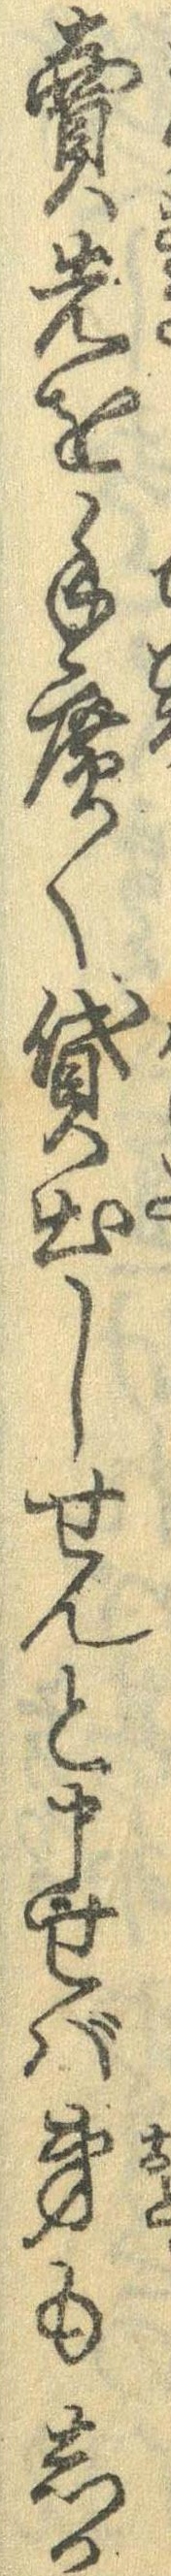
売先を手広く貸出しせんと申せば弟もしか